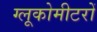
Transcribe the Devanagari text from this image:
ग्लूकोमीटरों